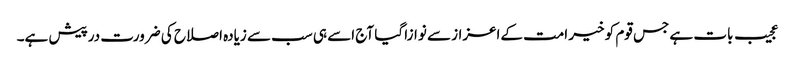
عجیب بات ہے جس قوم کو خیر امت کےاعزاز سے نوازا گیا آج اسے ہی سب سے زیادہ اصلاح کی ضرورت درپیش ہے۔